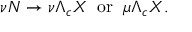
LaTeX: \nu N \rightarrow \nu \Lambda _ { c } X \; \; \mathrm { o r } \; \; \mu \Lambda _ { c } X .